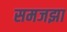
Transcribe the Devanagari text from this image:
समजझा